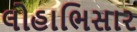
લોહાભિસાર